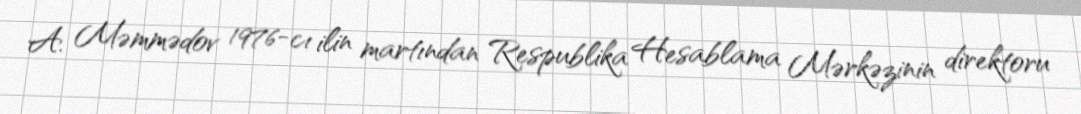
A. Məmmədov 1976-cı ilin martından Respublika Hesablama Mərkəzinin direktoru